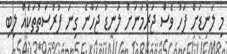
މި ލަނޑަށް ފަހު ވެސް ޖަރުމަނަށް ލަނޑު ޖަހާނެ ގިނަ ފުރުސަތުތަކެއް ލިބި